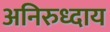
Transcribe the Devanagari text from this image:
अनिरुध्दाय